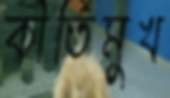
কীর্তিমুখ